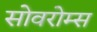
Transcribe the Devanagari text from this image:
सोवरोम्स